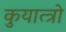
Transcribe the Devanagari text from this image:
कुयात्त्रो